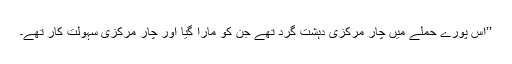
’’اس پورے حملے میں چار مرکزی دہشت گرد تھے جن کو مارا گیا اور چار مرکزی سہولت کار تھے۔